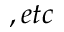
, e t c